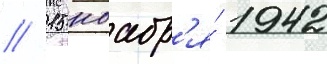
// 15 ноабр'я́ 1942